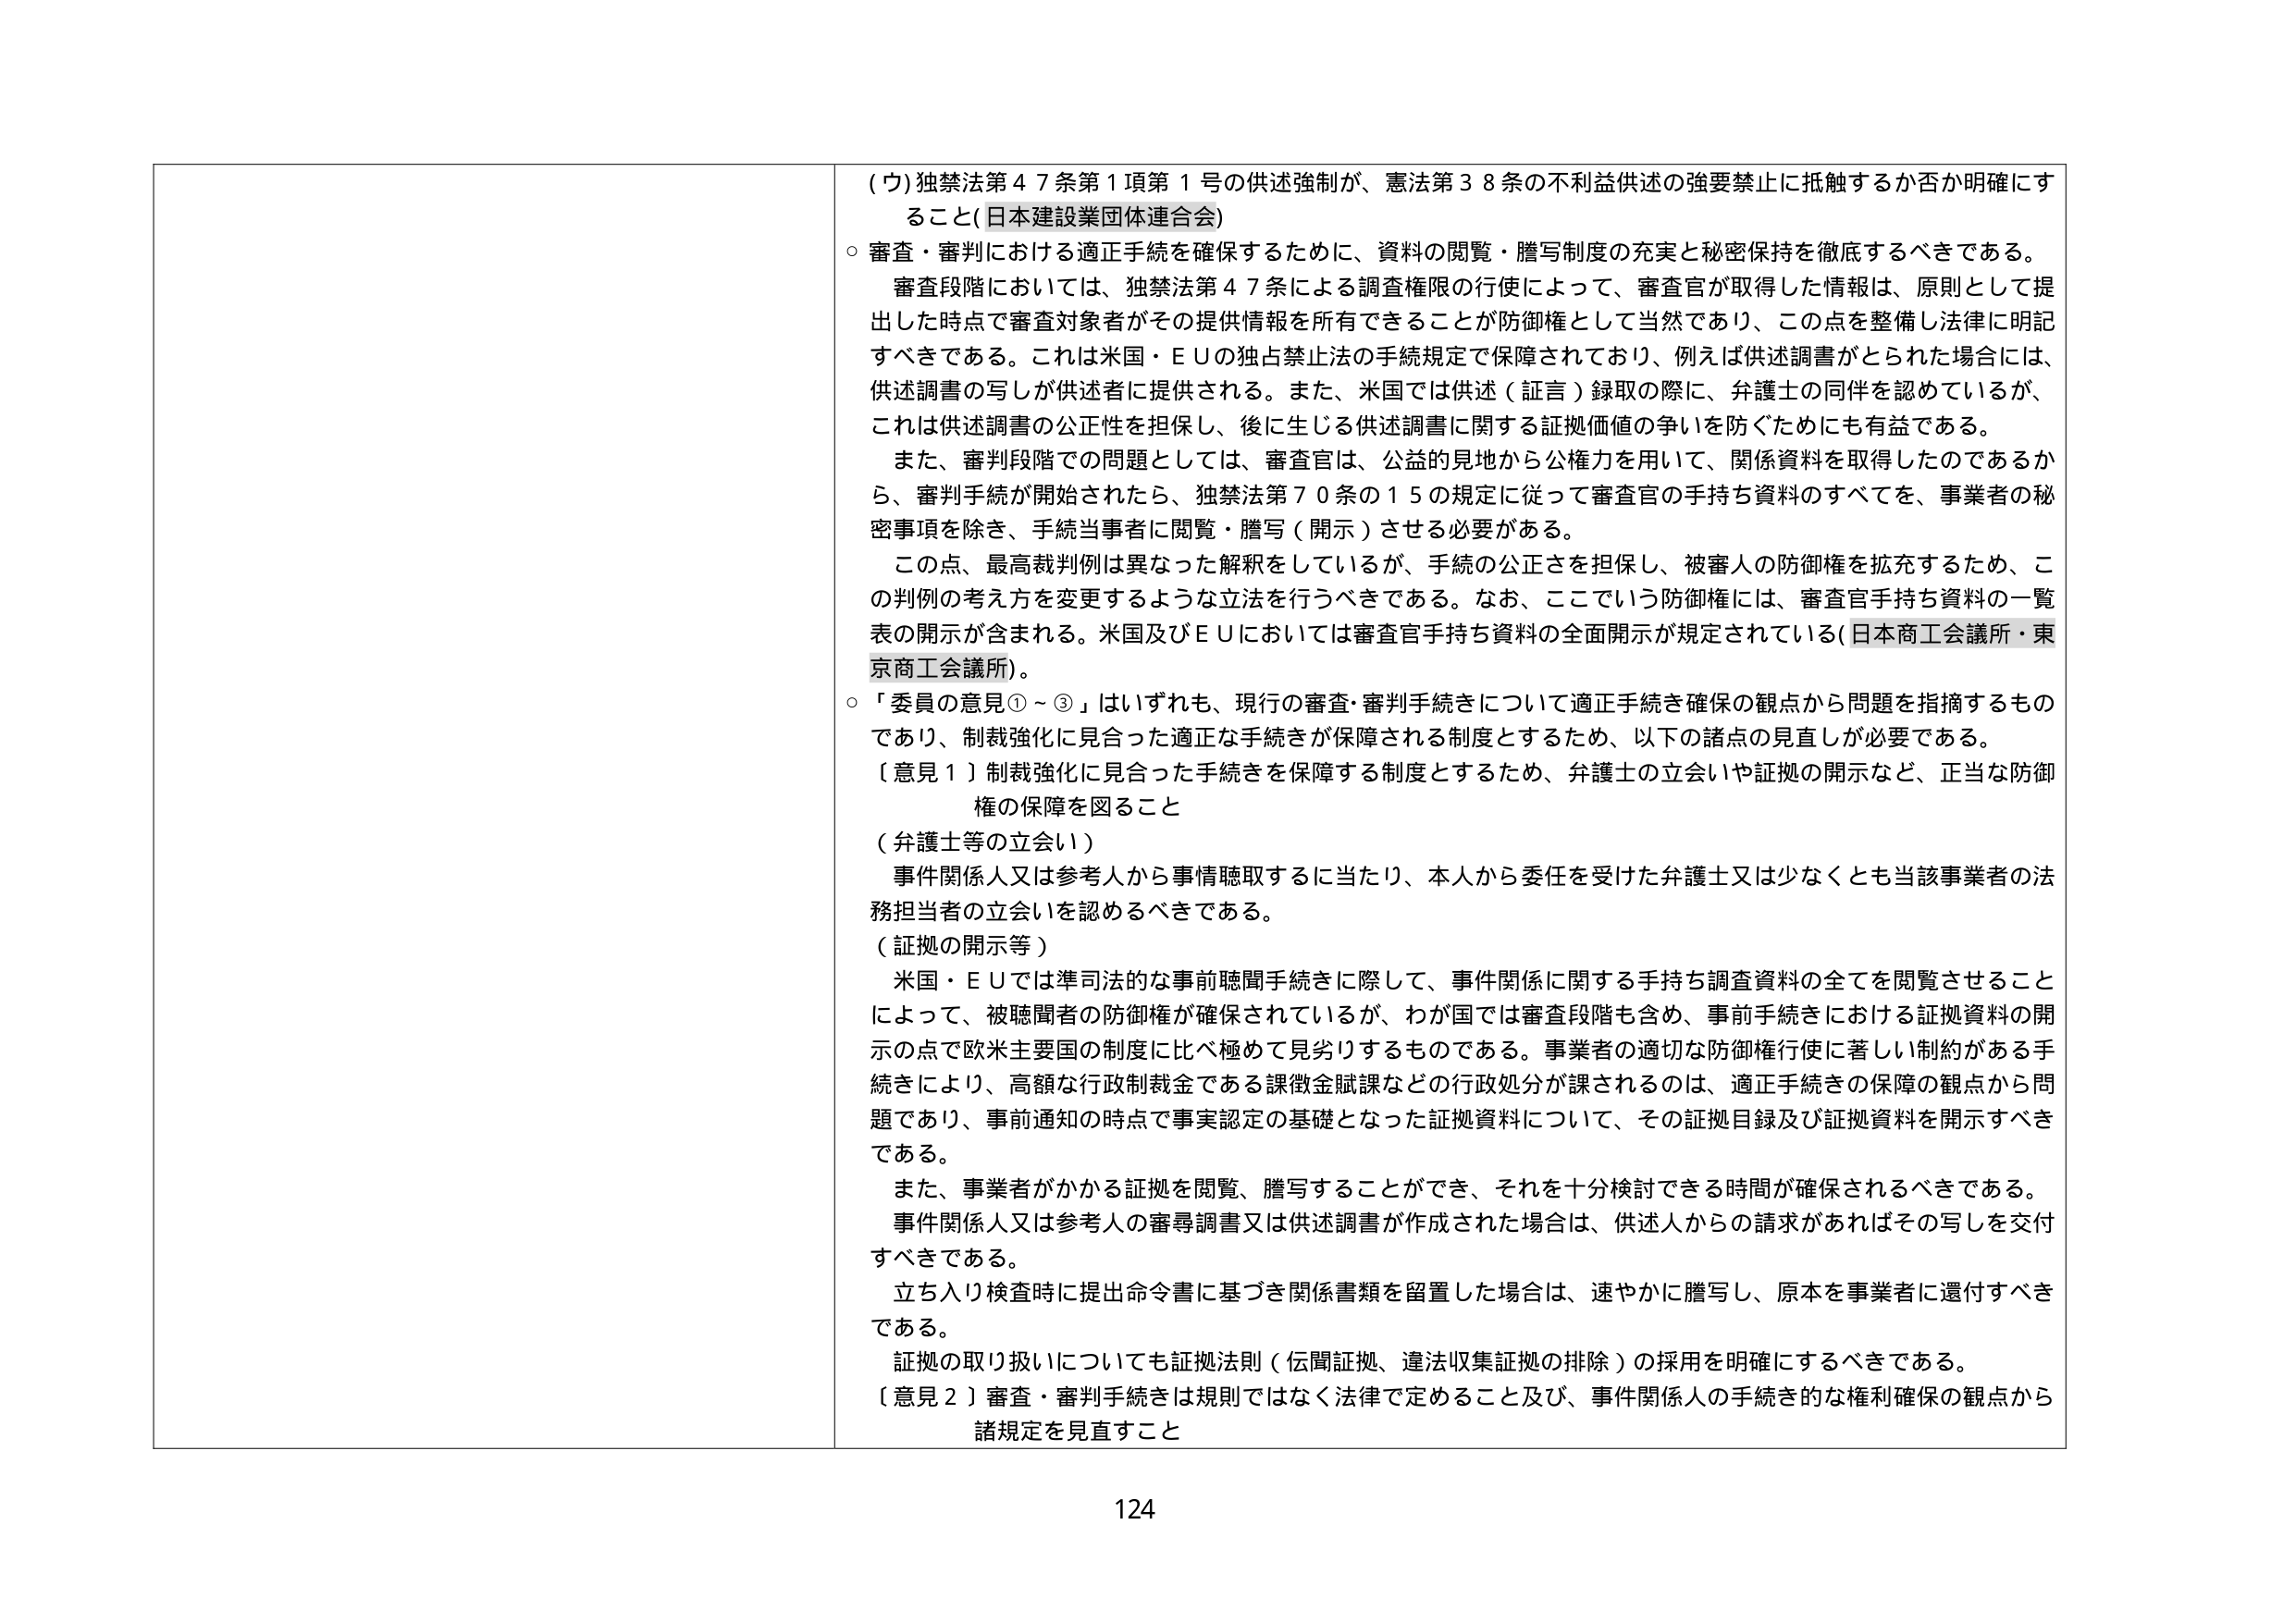
(ウ) 独禁法第47条第1項第1号の供述強制が、憲法第38条の不利益供述の強要禁止に抵触するか否か明確にすること(日本建設業団体連合会)

○ 審査・審判における適正手続を確保するために、資料の閲覧・謄写制度の充実と秘密保持を徹底するべきである。
審査段階においては、独禁法第47条による調査権限の行使によって、審査官が取得した情報は、原則として提出した時点で審査対象者がその提供情報を所有できることが防御権として当然であり、この点を整備し法律に明記すべきである。これは米国・ＥＵの独占禁止法の手続規定で保障されており、例えば供述調書がとられた場合には、供述調書の写しが供述者に提供される。また、米国では供述（証言）録取の際に、弁護士の同伴を認めているが、これは供述調書の公正性を担保し、後に生じる供述調書に関する証拠価値の争いを防ぐためにも有益である。

また、審判段階での問題としては、審査官は、公益の見地から公権力を用いて、関係資料を取得したのであるから、審判手続が開始されたら、独禁法第70条の15の規定に従って審査官の手持ち資料のすべてを、事業者の秘密事項を除き、手続当事者に閲覧・謄写（開示）させる必要がある。

この点、最高裁判例は異なった解釈をしているが、手続の公正さを担保し、被審人の防御権を拡充するため、この判例の考え方を変更するような立法を行うべきである。なお、ここでいう防御権には、審査官手持ち資料の一覧表の開示が含まれる。米国及びＥＵにおいては審査官手持ち資料の全面開示が規定されている（日本商工会議所・東京商工会議所）。

○ 「委員の意見①～③」はいずれも、現行の審査・審判手続きについて適正手続き確保の観点から問題を指摘するものであり、制裁強化に見合った適正な手続きが保障される制度とするため、以下の諸点の見直しが必要である。

〔意見１〕制裁強化に見合った手続きを保障する制度とするため、弁護士の立会いや証拠の開示など、正当な防御権の保障を図ること

（弁護士等の立会い）
事件関係人又は参考人から事情聴取するに当たり、本人から委任を受けた弁護士又は少なくとも当該事業者の法務担当者の立会いを認めるべきである。

（証拠の開示等）
米国・ＥＵでは準司法的な事前聴聞手続きに際して、事件関係に関する手持ち調査資料の全てを閲覧させることによって、被聴聞者の防御権が確保されているが、わが国では審査段階も含め、事前手続きにおける証拠資料の開示の点で欧米主要国の制度に比べ極めて見劣りするものである。事業者の適切な防御権行使に著しい制約がある手続きにより、高額な行政制裁金である課徴金賦課などの行政処分が課されるのは、適正手続きの保障の観点から問題であり、事前通知の時点で事実認定の基礎となった証拠資料について、その証拠目録及び証拠資料を開示すべきである。

また、事業者がかかる証拠を閲覧、謄写することができ、それを十分検討できる時間が確保されるべきである。
事件関係人又は参考人の審尋調書又は供述調書が作成された場合は、供述人からの請求があればその写しを交付すべきである。
立ち入り検査時に提出命令書に基づき関係書類を留置した場合は、速やかに謄写し、原本を事業者に還付すべきである。
証拠の取り扱いについても証拠法則（伝聞証拠、違法収集証拠の排除）の採用を明確にするべきである。

〔意見２〕審査・審判手続きは規則ではなく法律で定めること及び、事件関係人の手続き的な権利確保の観点から諸規定を見直すこと

124